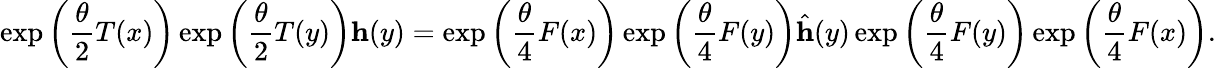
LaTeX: \exp\left(\frac{\theta}{2}T(x)\right)\exp\left(\frac{\theta}{2}T(y)\right)\mathbf{h}(y)=\exp\left(\frac{\theta}{4}F(x)\right)\exp\left(\frac{\theta}{4}F(y)\right)\hat{\mathbf{h}}(y)\exp\left(\frac{\theta}{4}F(y)\right)\exp\left(\frac{\theta}{4}F(x)\right).